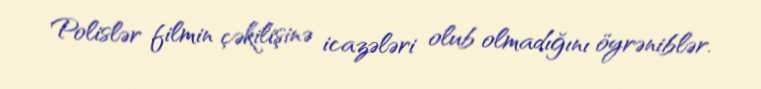
Polislər filmin çəkilişinə icazələri olub olmadığını öyrəniblər.